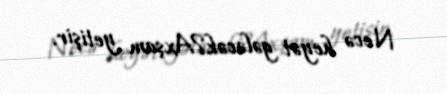
Necə heyət gələcək?Axşam yetişir.